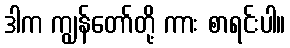
ဒါက ကျွန်တော်တို့ ကား စာရင်းပါ။